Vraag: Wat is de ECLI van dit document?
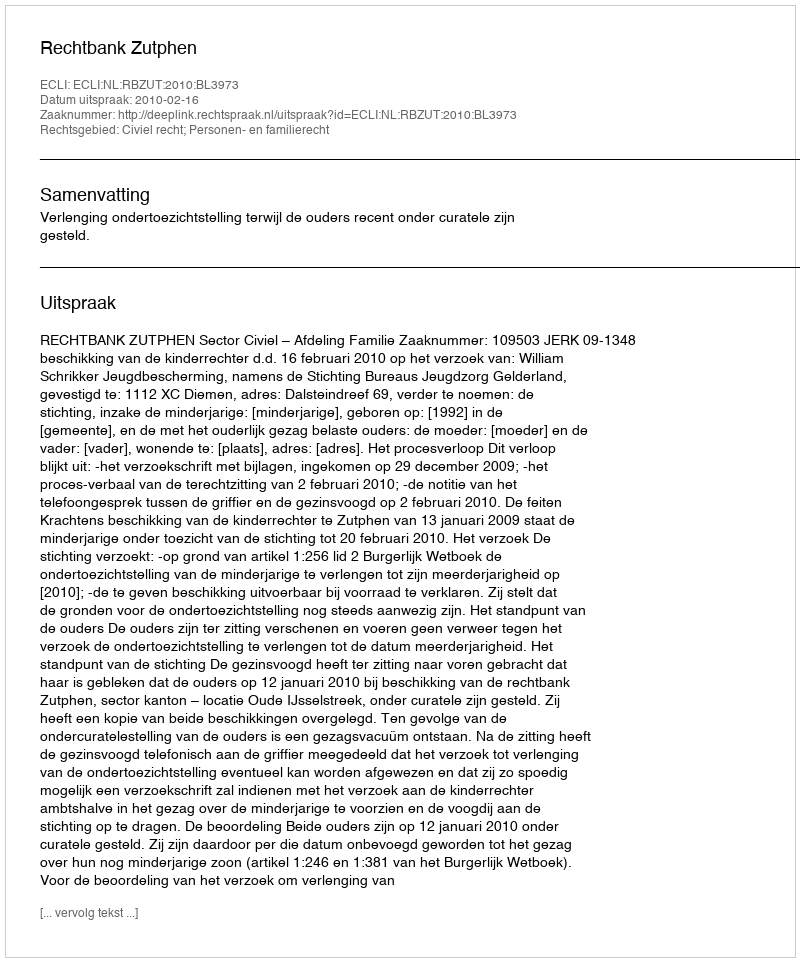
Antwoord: ECLI:NL:RBZUT:2010:BL3973